system: You are a helpful assistant.
user:
Analyze the provided spectrum to determine if it is a **Carbon Star (C-type)**.

- **Key Visual Indicators of Carbon Star:**
    - **(Primary):** Strong molecular absorption from **C₂ (diatomic carbon) "Swan Bands."** This is the **defining feature** of a carbon star.
        - **(Key Bandheads):** Sharp absorption edges are visible at approximately $5635$ Å, $5165$ Å (the strongest band), and $4737$ Å.
        - **(Line Profile):** Creates a distinct **"saw-tooth"** pattern. The key morphology is a sharp, steep bandhead on the **red (long-wavelength) side**, which then gradually tapers off (i.e., flux recovers) towards the **blue (short-wavelength) side**. *(This is the direct opposite of the TiO bands seen in M-type stars)*.

    - **(Secondary):** Intense **CN (cyanogen)** molecular absorption bands.
        - **(Key Bandheads):** Located in the blue and violet regions of the spectrum (e.g., near $4215$ Å and $3883$ Å).
        - **(Morphology):** These bands are extremely broad and act as a "blanket," absorbing the vast majority of blue and violet light. This creates a characteristic **"cliff"** or **"steep drop-off"** in the spectrum's flux at short wavelengths.

    - **(Key Confirmation):** Strong **CH absorption band (G-band)**.
        - **(Key Bandhead):** Located around $4300$ Å. The contribution from CH molecules to this band is exceptionally strong.

    - **(Overall Spectrum):**
        - The continuum is severely "chopped up" by these deep molecular bands, especially C₂, rather than appearing as a smooth curve.
        - Due to the heavy CN and C₂ absorption in the blue-green, the vast majority of the star's flux is concentrated in the red part of the spectrum, giving the star its characteristic deep red color.

Think first, call **spectral_visualization_tool** if needed to examine features in detail, then provide your final answer. Your response must adhere to the following strict rules:
1.  **Overall Structure:** Your response must follow the format `<think>...</think> <tool_call>...</tool_call> (if a tool is used) <answer>...</answer>`.
2.  **Tool Usage Constraint:** You may only make **one** tool call per turn.
3.  **Final Answer Format:** In the `<answer>` tag, your conclusion must be inside a `\boxed{}` command (e.g., `\boxed{YES}`), followed by your justification.

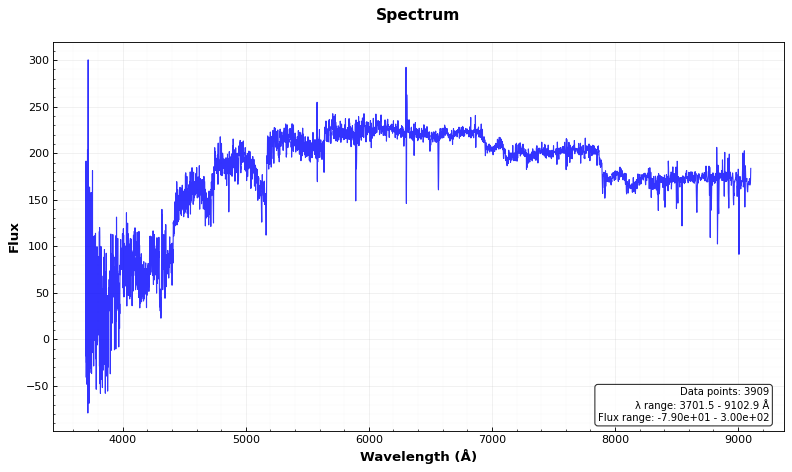
Answer: YES